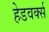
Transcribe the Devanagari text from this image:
हेडवर्क्स